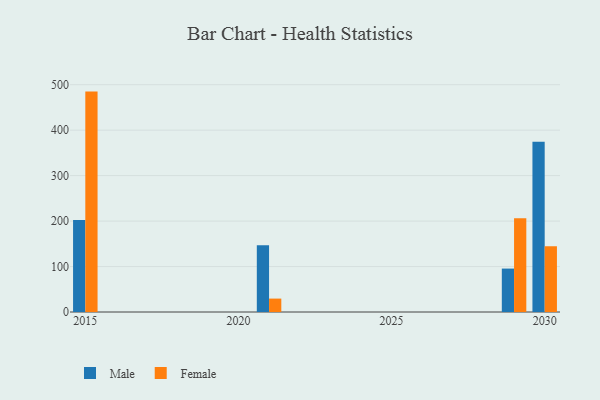
{"axis": {"x": "Year", "y": "Headcount"}, "legend": ["Female", "Male"], "data": [{"x": "2021", "y": 146.6, "type": "Male"}, {"x": "2021", "y": 29.5, "type": "Female"}, {"x": "2015", "y": 202.2, "type": "Male"}, {"x": "2015", "y": 484.8, "type": "Female"}, {"x": "2029", "y": 95.5, "type": "Male"}, {"x": "2029", "y": 206.1, "type": "Female"}, {"x": "2030", "y": 374.5, "type": "Male"}, {"x": "2030", "y": 144.9, "type": "Female"}]}